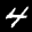
Label: 4